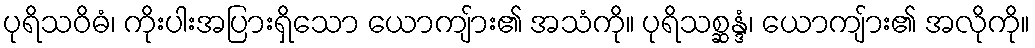
ပုရိသဝိဓံ၊ ကိုးပါးအပြားရှိသော ယောကျ်ား၏ အသံကို။ ပုရိသစ္ဆန္ဒံ၊ ယောကျ်ား၏ အလိုကို။